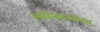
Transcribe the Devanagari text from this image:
आविष्कारशीलता